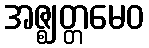
အဇ္ဈတ္တမေဝ